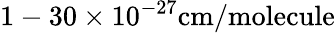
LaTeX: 1-30\times 10^{-27}\mathrm{cm/molecule}